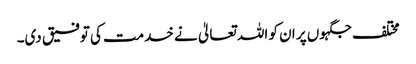
مختلف جگہوں پر ان کو اللہ تعالیٰ نے خدمت کی توفیق دی۔